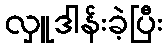
လှူဒါန်းခဲ့ပြီး